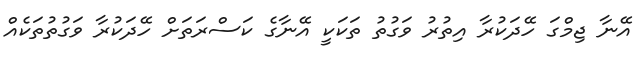
އޭނާ ޖިމްގަ ހޭދަކުރާ އިތުރު ވަގުތު ތަކަކީ އޭނާގެ ކަސްރަތަށް ހޭދަކުރާ ވަގުތުތަކެއް